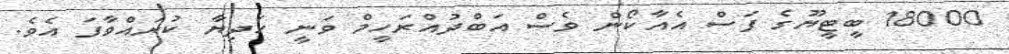
18000 ބީޓީޔޫގެ ފަސް އެއާކޯން ވެސް އަބްދުއްރަހީމް ވަނީ ހަދިޔާ ކުރައްވާފަ އެވެ.